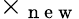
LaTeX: \times_{\mathrm{~n~e~w~}}